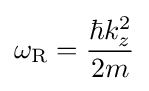
\omega _{\rm {R}}={\frac {\hbar k_{z}^{2}}{2m}}